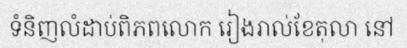
ទំនិញលំដាប់ពិភពលោក រៀងរាល់ខែតុលា នៅ